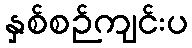
နှစ်စဉ်ကျင်းပ